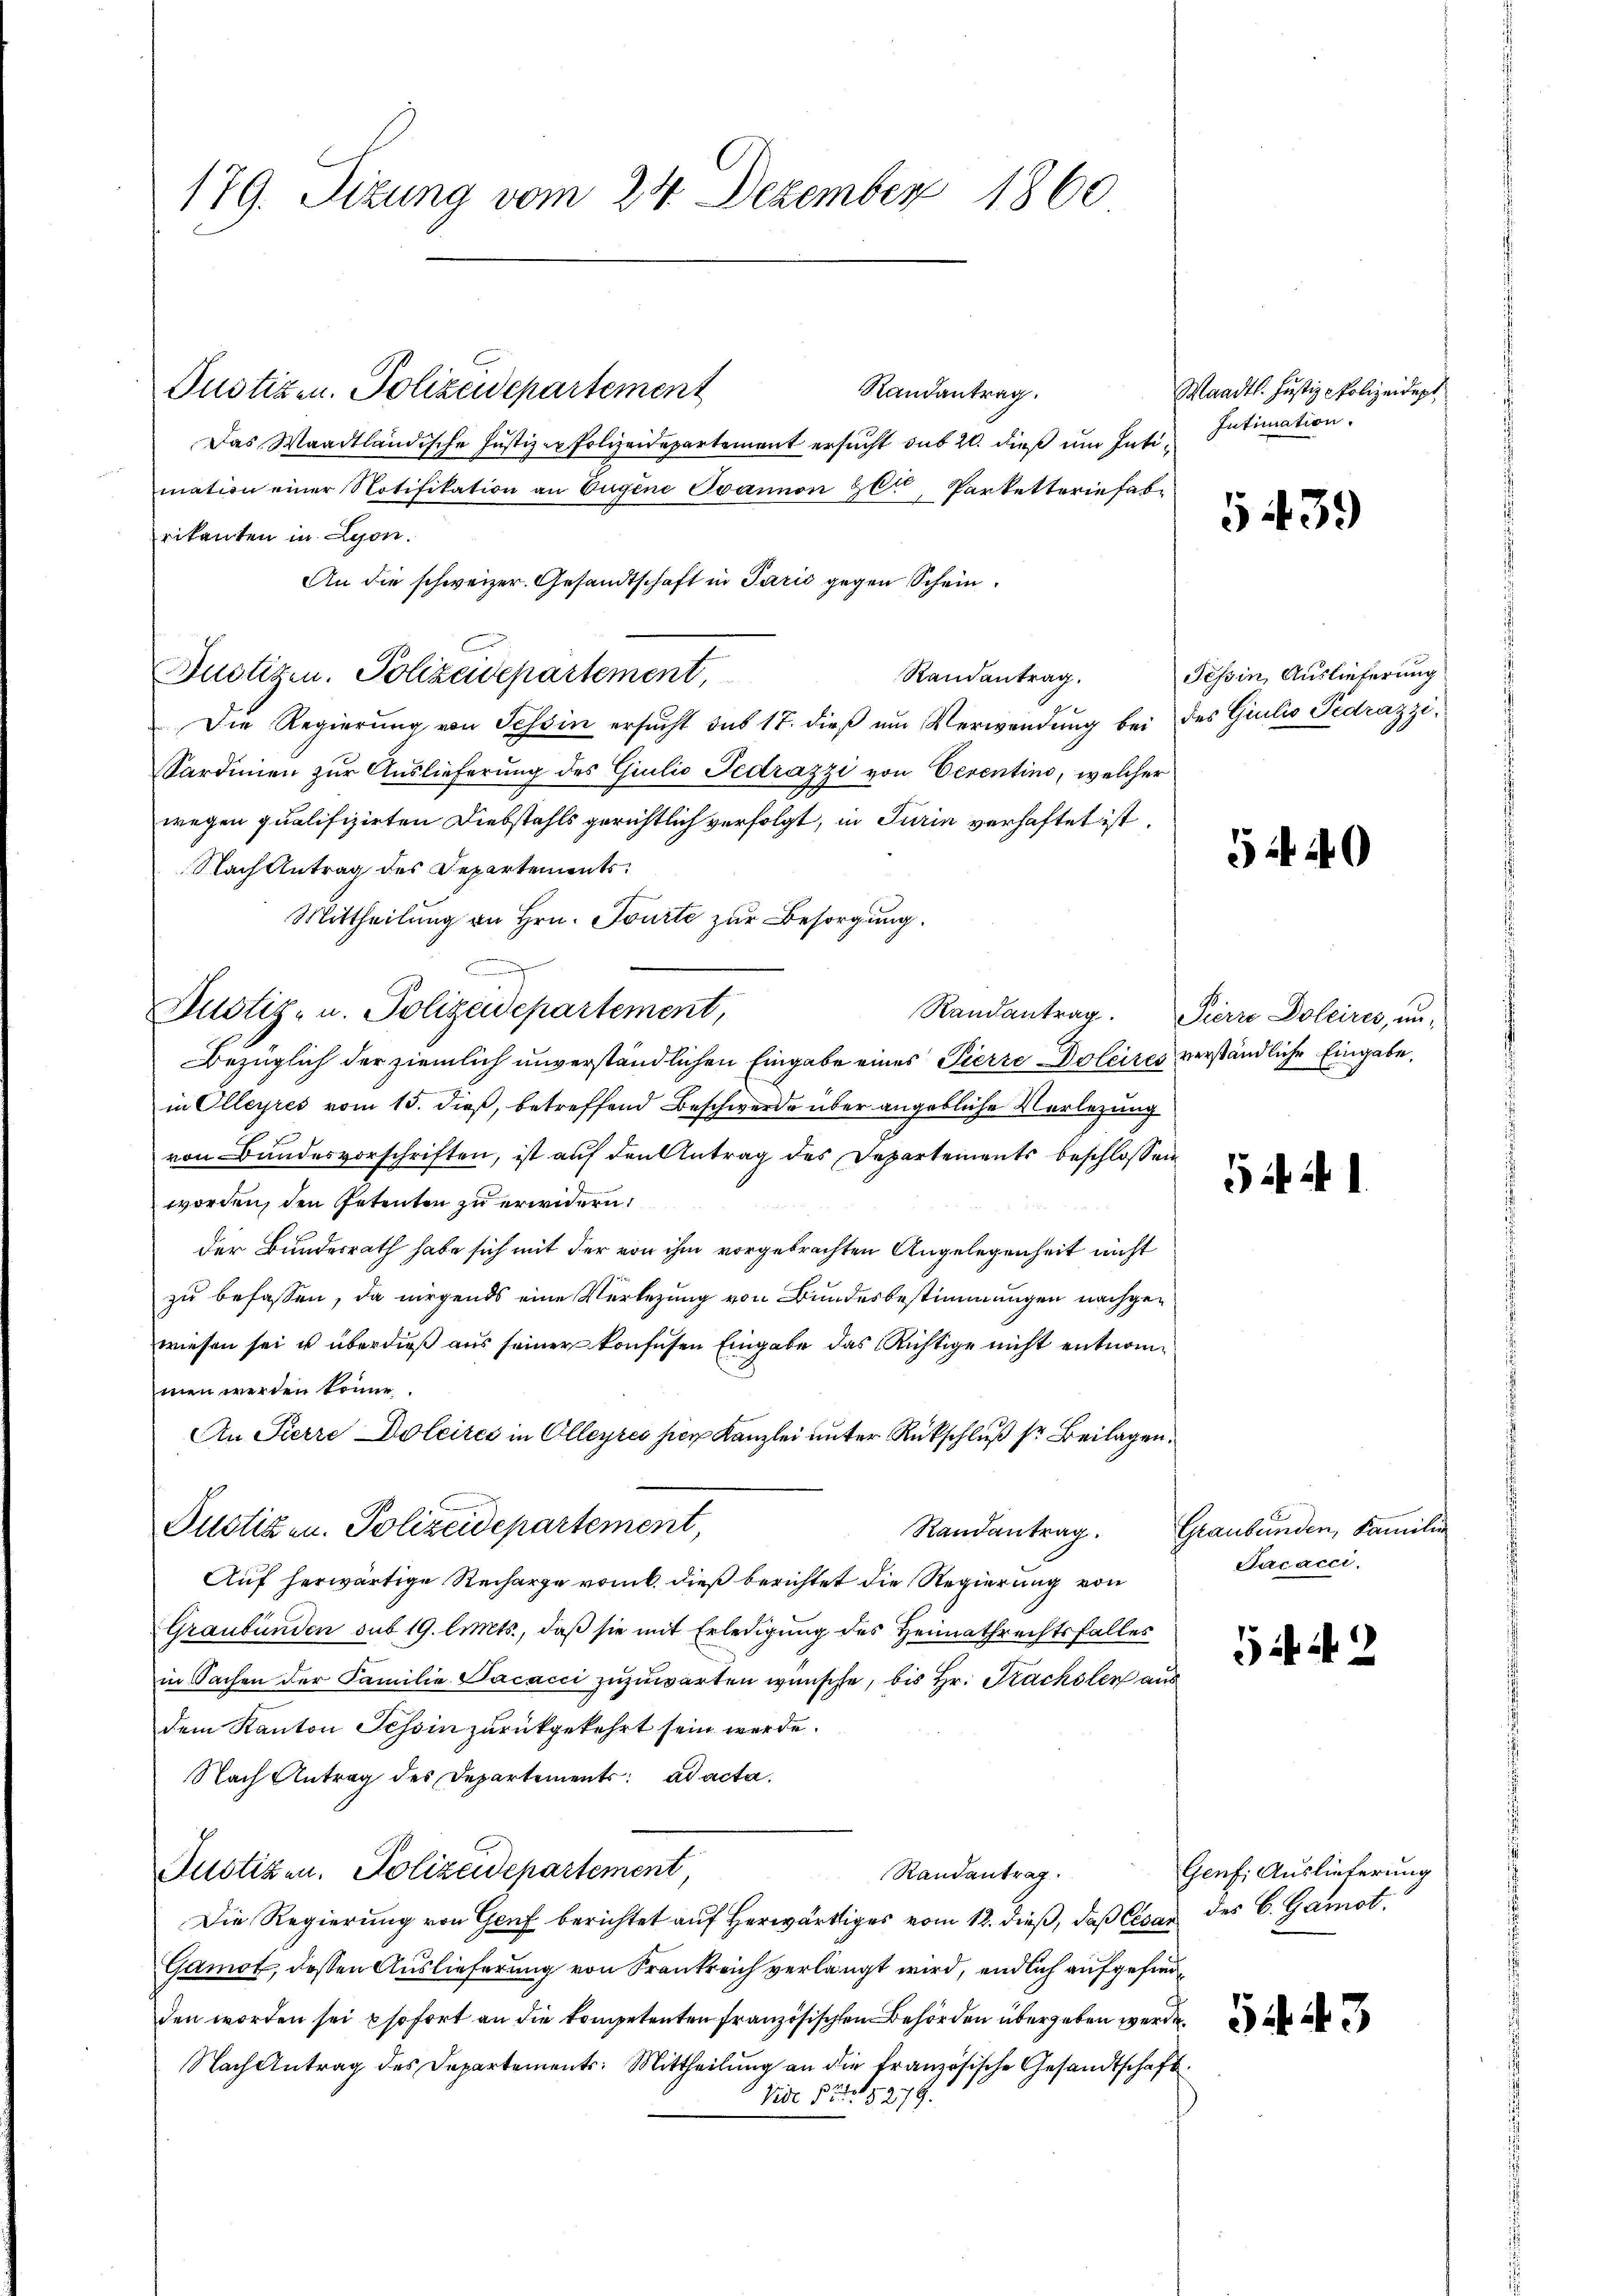
179. Sizung vom 24. Dezember 1860

Justizen. Polizeidepartement
Randantrag.
Das Waadtländische Justizen Polizeidepartement ersucht sub 20. dieß um Intimation einer Notifikation an Eugene Evannon 26, Parketterie habe
rikanten in Lyon.
An die schweizer. Gesandtschaft in Paris gegen Schein¬
Randantrag.
Die Regierung von Tessin ersucht das 17. dieß um Verwendung bei des Giulio Pedrazzi¬
Sardinien zur Auslieferung des Giulio Fedrazzi von Eerentino, welcher
wegen qualifizirten Diebstahls gerichtlich verfolgt, in Turin verhaftet ist.
Nach Antrag des Departements.
Mittheilung an Hrn. Tourte zur Besorgung.
n
Justiz- u. Polizeidepartement,
Bezüglich der ziemlich unverständlichen Eingabe eines Pierre Doleires verständliche Eingabe,
in Olleyres vom 15. dieß, betreffend Beschwerde über angebliche Verlegung
von Bundesvorschriften, ist auf den Antrag des Departements beschlossen
worden, den Petenten zu erwidern,
der Bundesrath habe sich mit der von ihm vorgebrachten Angelegenheit nicht
zu befassen, da nirgends eine Verlegung von Bundesbestimmungen nachgewiesen sei u überdieß aus seiner konfusen Eingabe das Richtige nicht entnommen werden könne.
An Pierre Doleites in Olleyres hier Kanzlei unter Rückschluß sr Beilagen.
Justizen. Polizeidepartement,
Auf herwärtige Recharge vom 6. dieß berichtet die Regierung von
Graubünden sub 19. Cts., daß sie mit Erledigung des Heimathrechtsfalles
in Sachen der Familie Facacci zuzuwarten wünsche, bis Hr. Krachsler aus
dem Kanton Schin zurückgekehrt sein werde.
Nach Antrag des Departement ad acta.
Justizen. Polizeidepartement
Randantrag.
Die Regierung von Genf berichtet auf herwärtiges vom 12. dieß, daß Cesar des C. Gamot.
Gamot, dessen Auslieferung von Frankreich verlangt wird, endlich aufgefindden worden sei psofort an die kompetenten französischen Behörden übergeben werde.
Nach Antrag des Departements: Mittheilung an die französische Gesandtschaft
Vide § 15279.

Justizen. Polizeidepartement,

Waadt. Justiz - Polizeidept
Intimation.

439

Tessin, Auslieferung

54 40

Randantrag. Pierre Doleires, un-

54. 21.

Randantrag. Graubünden, Familien
Sacacci.

Genf; Auslieferung

542

5443